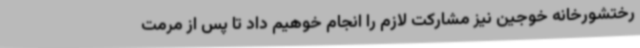
رختشورخانه خوجین نیز مشارکت لازم را انجام خوهیم داد تا پس از مرمت